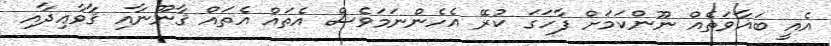
އެއީ ބަޣާވަތެއް ނޫންކަމަށް ފާހަގަ ކުރޭ އެހެންނަމަވެސް އެތައް އެތައް ޤާނޫނާއި ޤާވާޢިދާއި